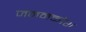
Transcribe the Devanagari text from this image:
जननकोश